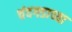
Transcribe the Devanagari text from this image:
चंदगडाच्या